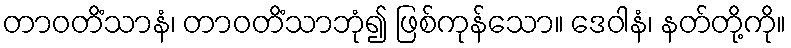
တာဝတိံသာနံ၊ တာဝတိံသာဘုံ၍ ဖြစ်ကုန်သော။ ဒေဝါနံ၊ နတ်တို့ကို။